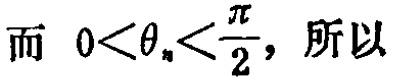
而 \(0<\theta_{n}<\frac{\pi}{2}\)，所以